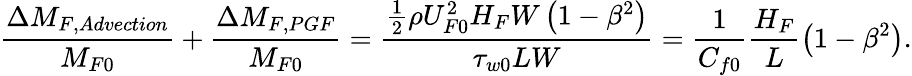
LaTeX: \frac{\Delta M_{F,Advection}}{M_{F0}}+\frac{\Delta M_{F,PGF}}{M_{F0}}=\frac{\frac{1}{2}\rho U_{F0}^{2}H_{F}W\left(1-\beta^{2}\right)}{\tau_{w0}LW}=\frac{1}{C_{f0}}\frac{H_{F}}{L}\left(1-\beta^{2}\right).